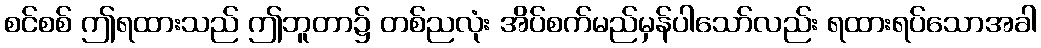
စင်စစ် ဤရထားသည် ဤဘူတာ၌ တစ်ညလုံး အိပ်စက်မည်မှန်ပါသော်လည်း ရထားရပ်သောအခါ